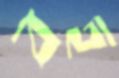
বহ